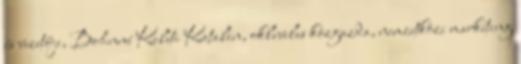
és vezetője, Bohnné Keleti Katalin, okleveles közgazda, nemzetközi marketing